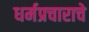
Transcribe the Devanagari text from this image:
धर्मप्रचाराचे